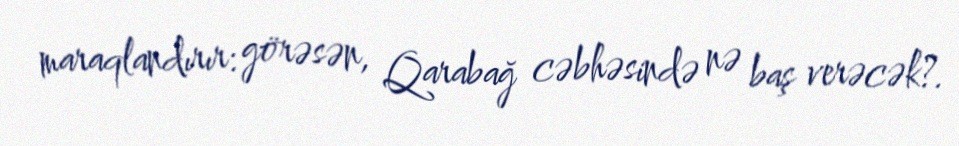
maraqlandırır: görəsən, Qarabağ cəbhəsində nə baş verəcək?.